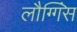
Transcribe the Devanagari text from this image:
लौग्गिंस